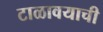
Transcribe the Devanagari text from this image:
टाळावयाची